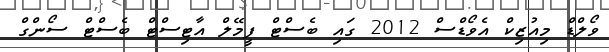
ވޯލްޑް މިއުޒިކް އެވޯޑްސް 2012 ގައި ބެސްޓް ފީމޭލް އާޓިސްޓް ބެސްޓް ސޯންގް